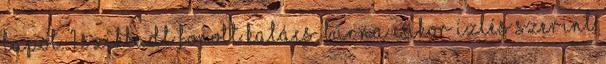
lapot. 1 szikkadt fonott kalács, barna cukor ízlés szerint